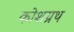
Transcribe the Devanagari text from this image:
कोशग्रथ